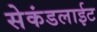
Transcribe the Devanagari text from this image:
सेकंडलाईट